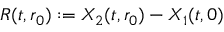
R ( t , r _ { 0 } ) : = X _ { 2 } ( t , r _ { 0 } ) - X _ { 1 } ( t , 0 )